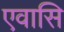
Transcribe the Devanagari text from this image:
एवासि